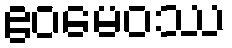
ဧဝမေဝဿ